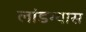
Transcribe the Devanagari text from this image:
लांडग्यास